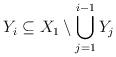
LaTeX: \begin{align*}Y_i \subseteq X_1 \setminus \bigcup_{j=1}^{i-1} Y_j\end{align*}